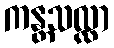
ကန္တသလ္လာ